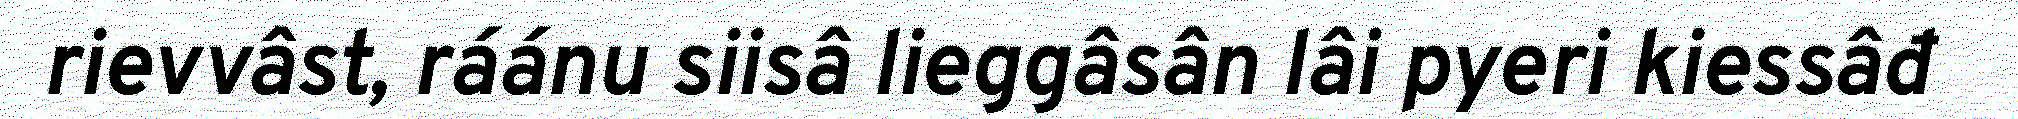
rievvâst, ráánu siisâ lieggâsân lâi pyeri kiessâđ